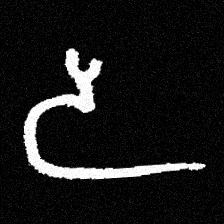
Pyu character \u2014 Myanmar letter: ဒ (romanized: da)